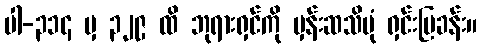
ပါ-၃၁၄ မှ ၃၂၉ ထိ ဘုရားရှင်ကို မှန်းဆသိပုံ ရှင်းပြခန်း။